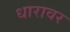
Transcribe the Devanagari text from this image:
धारावर